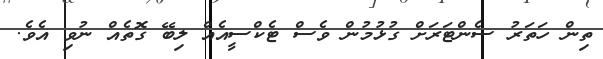
ތިން ހަތަރު ސެންޓަރަށް ގުޅުމުން ވެސް ޓެކްސީއެއް ލިބޭ ގޮތެއް ނުވި އެވެ.